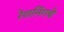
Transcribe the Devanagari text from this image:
रेशनिंगचे